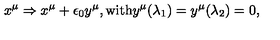
x ^ { \mu } \Rightarrow x ^ { \mu } + \epsilon _ { 0 } y ^ { \mu } , \mathrm { w i t h } y ^ { \mu } ( \lambda _ { 1 } ) = y ^ { \mu } ( \lambda _ { 2 } ) = 0 ,